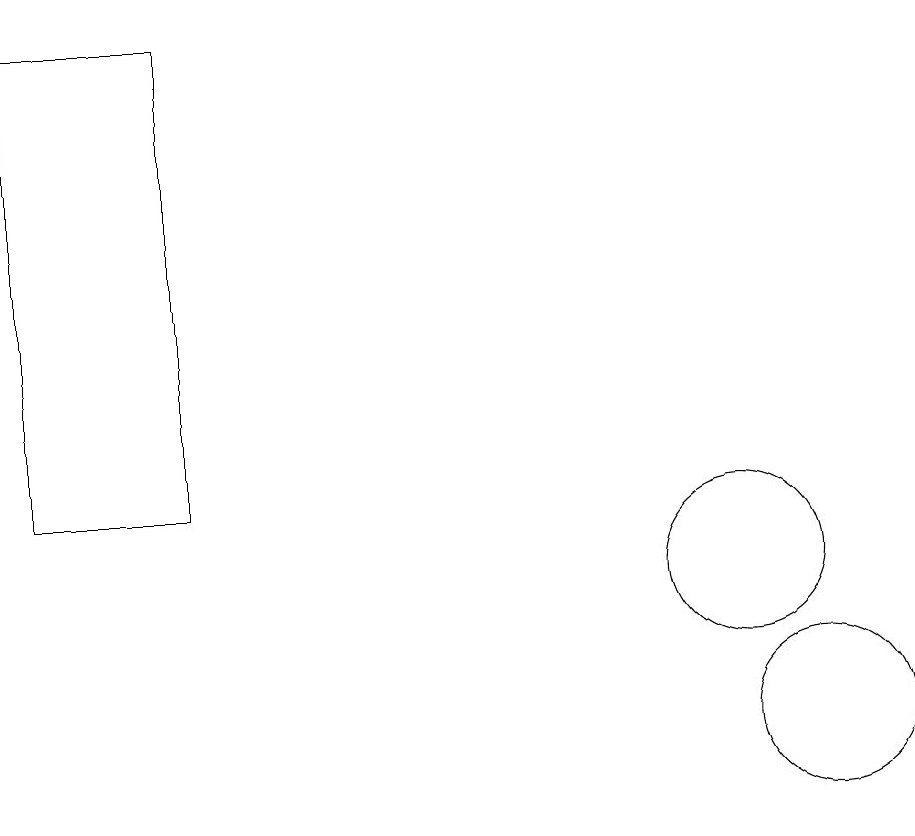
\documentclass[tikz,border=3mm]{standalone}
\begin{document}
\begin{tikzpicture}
\draw (11,10) circle (1);
\draw (3,19) rectangle (1,13);
\draw (10,12) circle (1);
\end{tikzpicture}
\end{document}